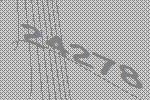
24278